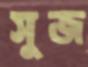
সুজ